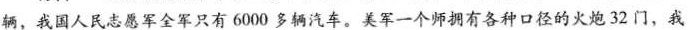
辆，我国人民志愿军全军只有6000多辆汽车。美军一个师拥有各种口径的火炮32门，我